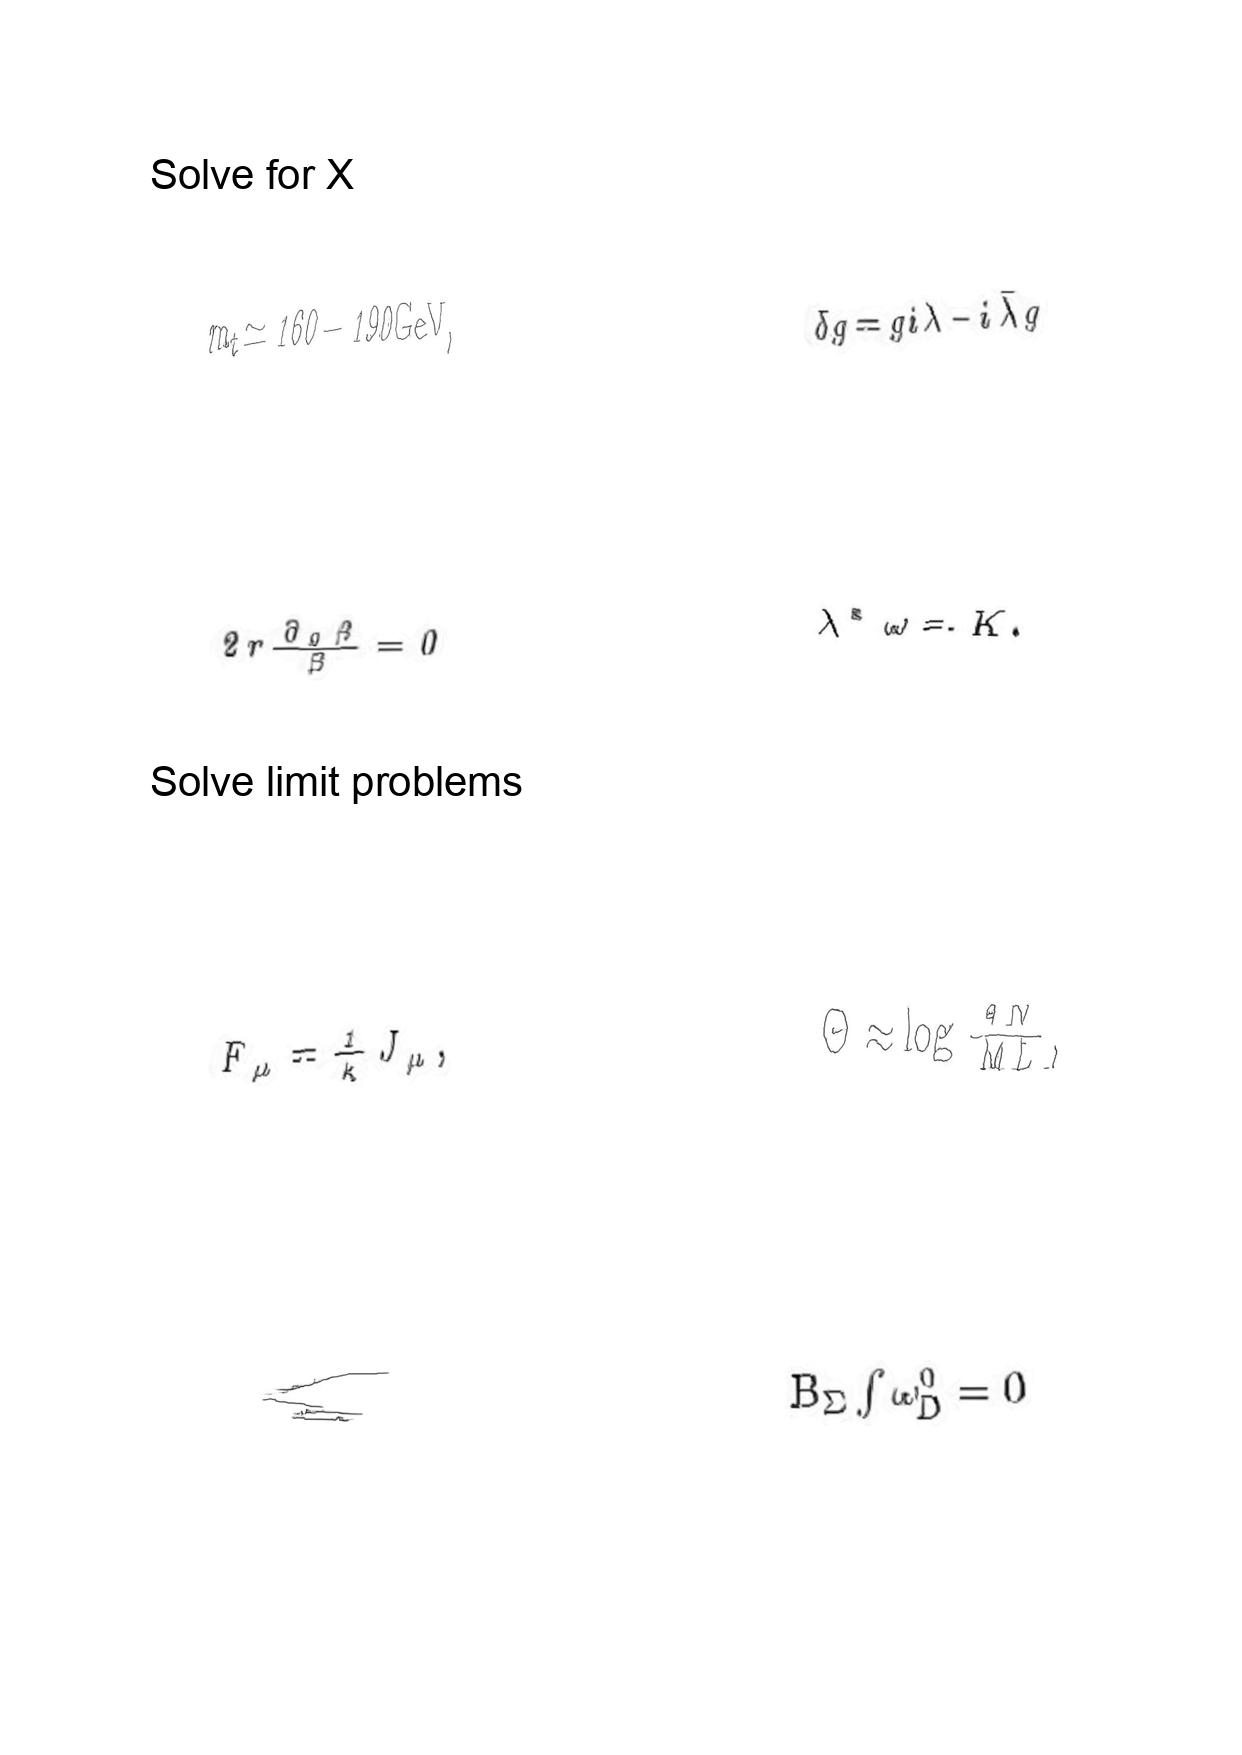
LaTeX transcription:
m _ { t } \simeq 1 6 0 - 1 9 0 \mathrm { G e V } ,
2 r \frac { \partial _ { 0 } \beta } { \beta } = 0
F _ { \mu } = \frac { 1 } { \kappa } J _ { \mu } ,
\langle
\delta g = g i \lambda - i \bar { \lambda } g
\lambda ^ { \ast } \omega = K .
\Theta \approx \log \frac { 4 N } { M L } ,
B _ { \Sigma } \int \omega _ { D } ^ { 0 } = 0